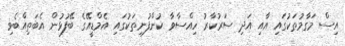
އިސް މަގާމުތަކުގައި އާއި އަދި ސަރުކާރު ހިއްސާވާ ކުންފުނިތަކުގައި އެމްޑީއޭގެ ބޭފުޅުން އެބަތިއްބެވި